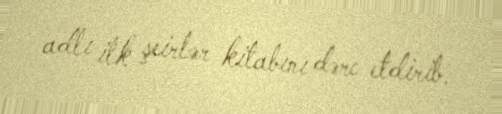
adlı ilk şeirlər kitabını dərc etdirib.